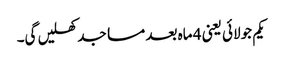
یکم جولائی یعنی 4 ماہ بعد مساجد کھلیں گی۔